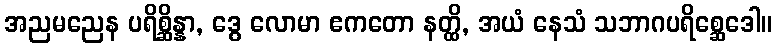
အညမညေန ပရိစ္ဆိန္နာ, ဒွေ လောမာ ဧကတော နတ္ထိ, အယံ နေသံ သဘာဂပရိစ္ဆေဒေါ။